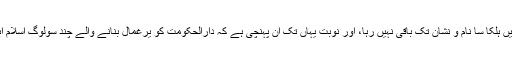
نفرت انگیز تقاریر بلا روک ٹوک زہر فشاں ہیں، رواداری کا کہیں ہلکا سا نام و نشان تک باقی نہیں رہا، اور نوبت یہاں تک آن پہنچی ہے کہ دارالحکومت کو یرغمال بنانے والے چند سولوگ اسلام آباد ہائی کورٹ کے حکم کو خاطر میں لانے کے لیے تیار نہیں۔